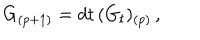
G _ { ( p + 1 ) } = d t \, ( G _ { t } ) _ { ( p ) } \, ,